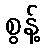
စွန့်